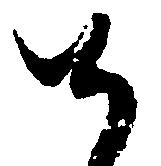
候